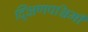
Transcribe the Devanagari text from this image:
द्क्षिणपश्चिमी